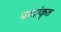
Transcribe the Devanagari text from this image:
पादांकृत